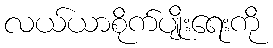
လယ်ယာစိုက်ပျိုးရေးကို